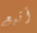
أتبع